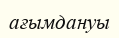
ағымдануы